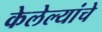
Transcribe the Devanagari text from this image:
केलेल्यांचे